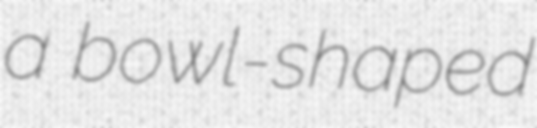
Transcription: a bowl-shaped